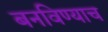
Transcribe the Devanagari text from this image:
बनविण्याच